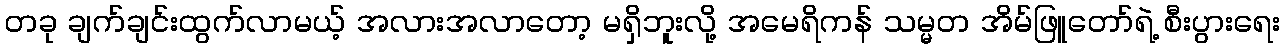
တခု ချက်ချင်းထွက်လာမယ့် အလားအလာတော့ မရှိဘူးလို့ အမေရိကန် သမ္မတ အိမ်ဖြူတော်ရဲ့ စီးပွားရေး